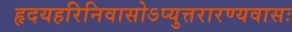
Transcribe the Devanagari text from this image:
हृदयहरिनिवासोऽप्युत्तरारण्यवासः